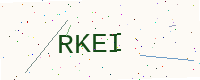
Text: RKEI